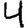
Digit: 4